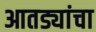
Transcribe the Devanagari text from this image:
आतड्यांचा